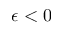
\epsilon < 0